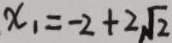
x _ { 1 } = - 2 + 2 \sqrt { 2 }